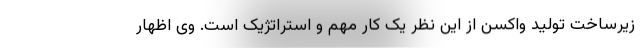
زیرساخت تولید واکسن از این نظر یک کار مهم و استراتژیک است. وی اظهار